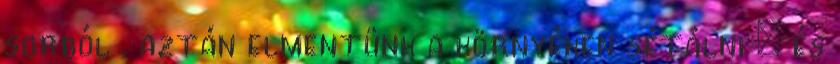
sorból , aztán elmentünk a környéken sétálni – és